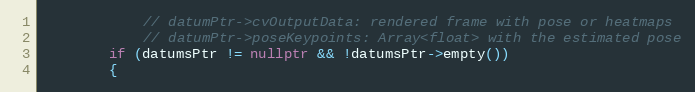
Language: C++
            // datumPtr->cvOutputData: rendered frame with pose or heatmaps
            // datumPtr->poseKeypoints: Array<float> with the estimated pose
        if (datumsPtr != nullptr && !datumsPtr->empty())
        {